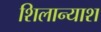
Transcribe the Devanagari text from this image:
शिलान्याश